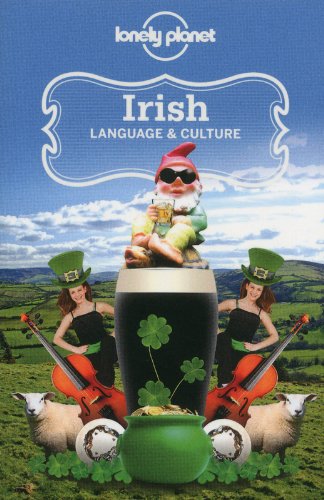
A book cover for Irish Language & Culture (Lonely Planet Language & Culture: Irish); Lonely Planet; Travel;